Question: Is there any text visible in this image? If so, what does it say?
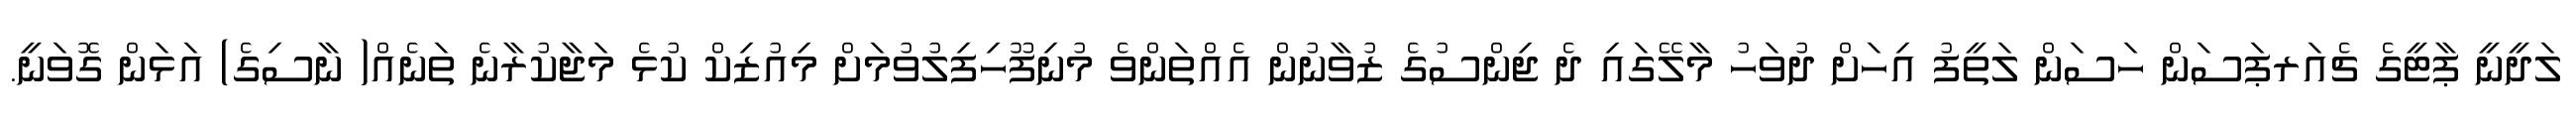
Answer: ލަދީނީ ޕާޓީގެ ޗެއަރޕަސަން ހަސަން ލަތީފު އިހަށް ދުވަހު މާލޭގައި ދެ ޖިންސުގެ ޒުވާނުން އެއްތަންވެ މުނިފޫހިފިލުވުމަށް މިއުޒިކް ކުޅެ މަޖާކުރާނެ ތަނެއް( ނާސިގެ) އަޅަން ގޮވަނީ.